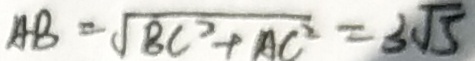
A B = \sqrt { B C ^ { 2 } + A C ^ { 2 } } = 3 \sqrt { 5 }